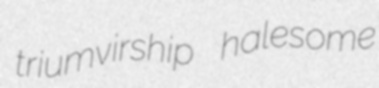
triumvirship halesome